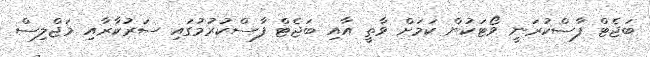
ބަޖެޓް ފާސްކުރަނީ ވޯޓަކުން ކަމަށް ވާތީ އާއި ބަޖެޓް ފާސްކުރުމުގައި ސަރުކާރާއި މަޖްލިސް